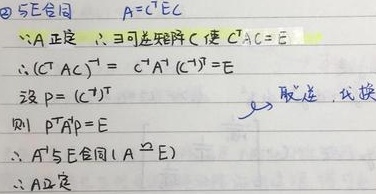
\textcircled{2} 合同
$\because A$正定 ，$\therefore \exists$可逆矩阵$C$ 使$C^{T}AC = E$
$\therefore (C^{T}AC)^{-1}=C^{-1}A^{-1}(C^{T})^{-1}=E$
设$P=(C^{-1})^{T}$，则$P^{T}A^{-1}P = E$
$\therefore A^{-1}$与$E$合同$(A^{-1}\cong E)$
$\therefore A^{-1}$正定